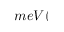
m e V (